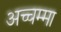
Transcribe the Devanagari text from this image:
अच्चम्मा